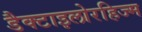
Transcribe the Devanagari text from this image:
डैक्टाइलोरहिज्म